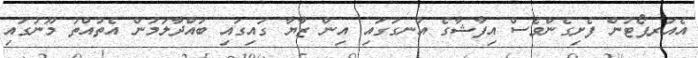
އެއަރޕޯޓުން ފެށިގެންވެސް އިފާޝާގެ އުނގުގައި އިން ޒާޔާ ގައިގައި ބައްދާލަމުން އެތުއްތު މޫނުގައި